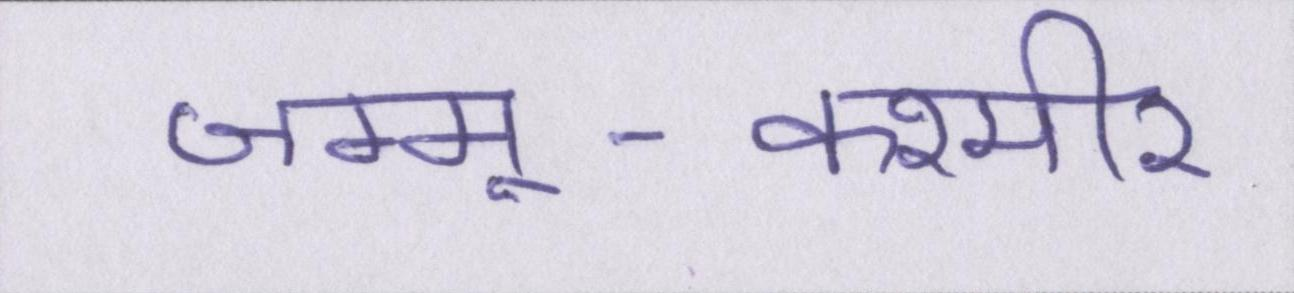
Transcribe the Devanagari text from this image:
जम्मू-कश्मीर